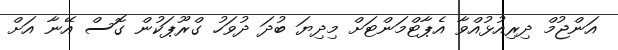
އަންޖުމް ދިރިއުޅުއްވާ އެޕާޓްމަންޓަށް މިދިޔަ ބުދަ ދުވަހު ގްރޫޕަކުން ގޮސް އޭނާ އަށް